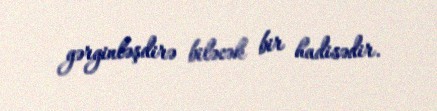
gərginləşdirə biləcək bir hadisədir.